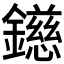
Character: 𨭨